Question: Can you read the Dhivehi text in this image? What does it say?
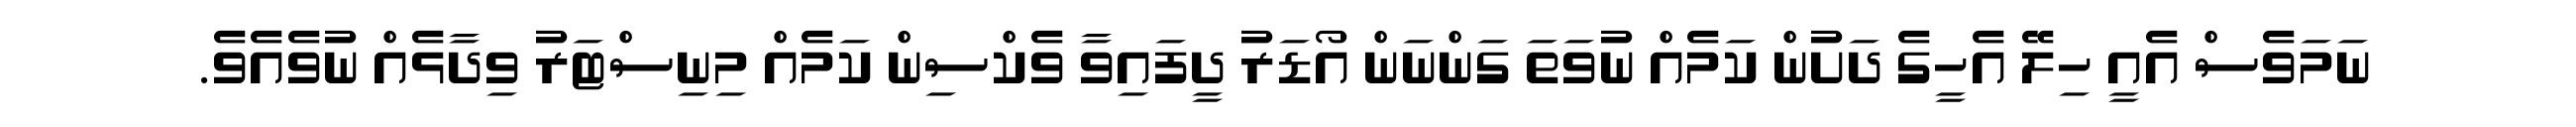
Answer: ނަމަވެސް އެއީ ހިލޭ އެހީގެ ދަށުން ކަމެއް ނުވަތަ ގަންނަން އޯޑަރު ދީފައިވާ ވެކްސިން ކަމެއް މިނިސްޓަރު ވިދާޅެއް ނުވެއެވެ.